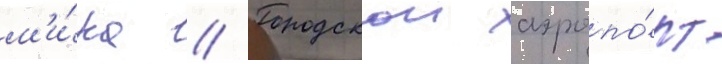
м'и́ра // Городскои аэропо́рт